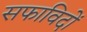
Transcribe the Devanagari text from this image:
सफाविदों